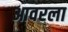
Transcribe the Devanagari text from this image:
आवरला